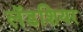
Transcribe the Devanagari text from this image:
लॅडशियर